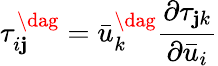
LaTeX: \tau_{i\mathbf{j}}^{\dag}=\bar{{u}}_{k}^{\dag}\frac{{{\partial{\tau_{\mathbf{j}k}}}}}{{{\partial{{\bar{{u}}}_{i}}}}}